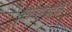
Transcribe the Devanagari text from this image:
साउण्डट्रेक